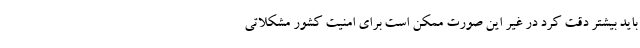
باید بیشتر دقت کرد در غیر این صورت ممکن است برای امنیت کشور مشکلاتی